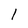
Character: 1